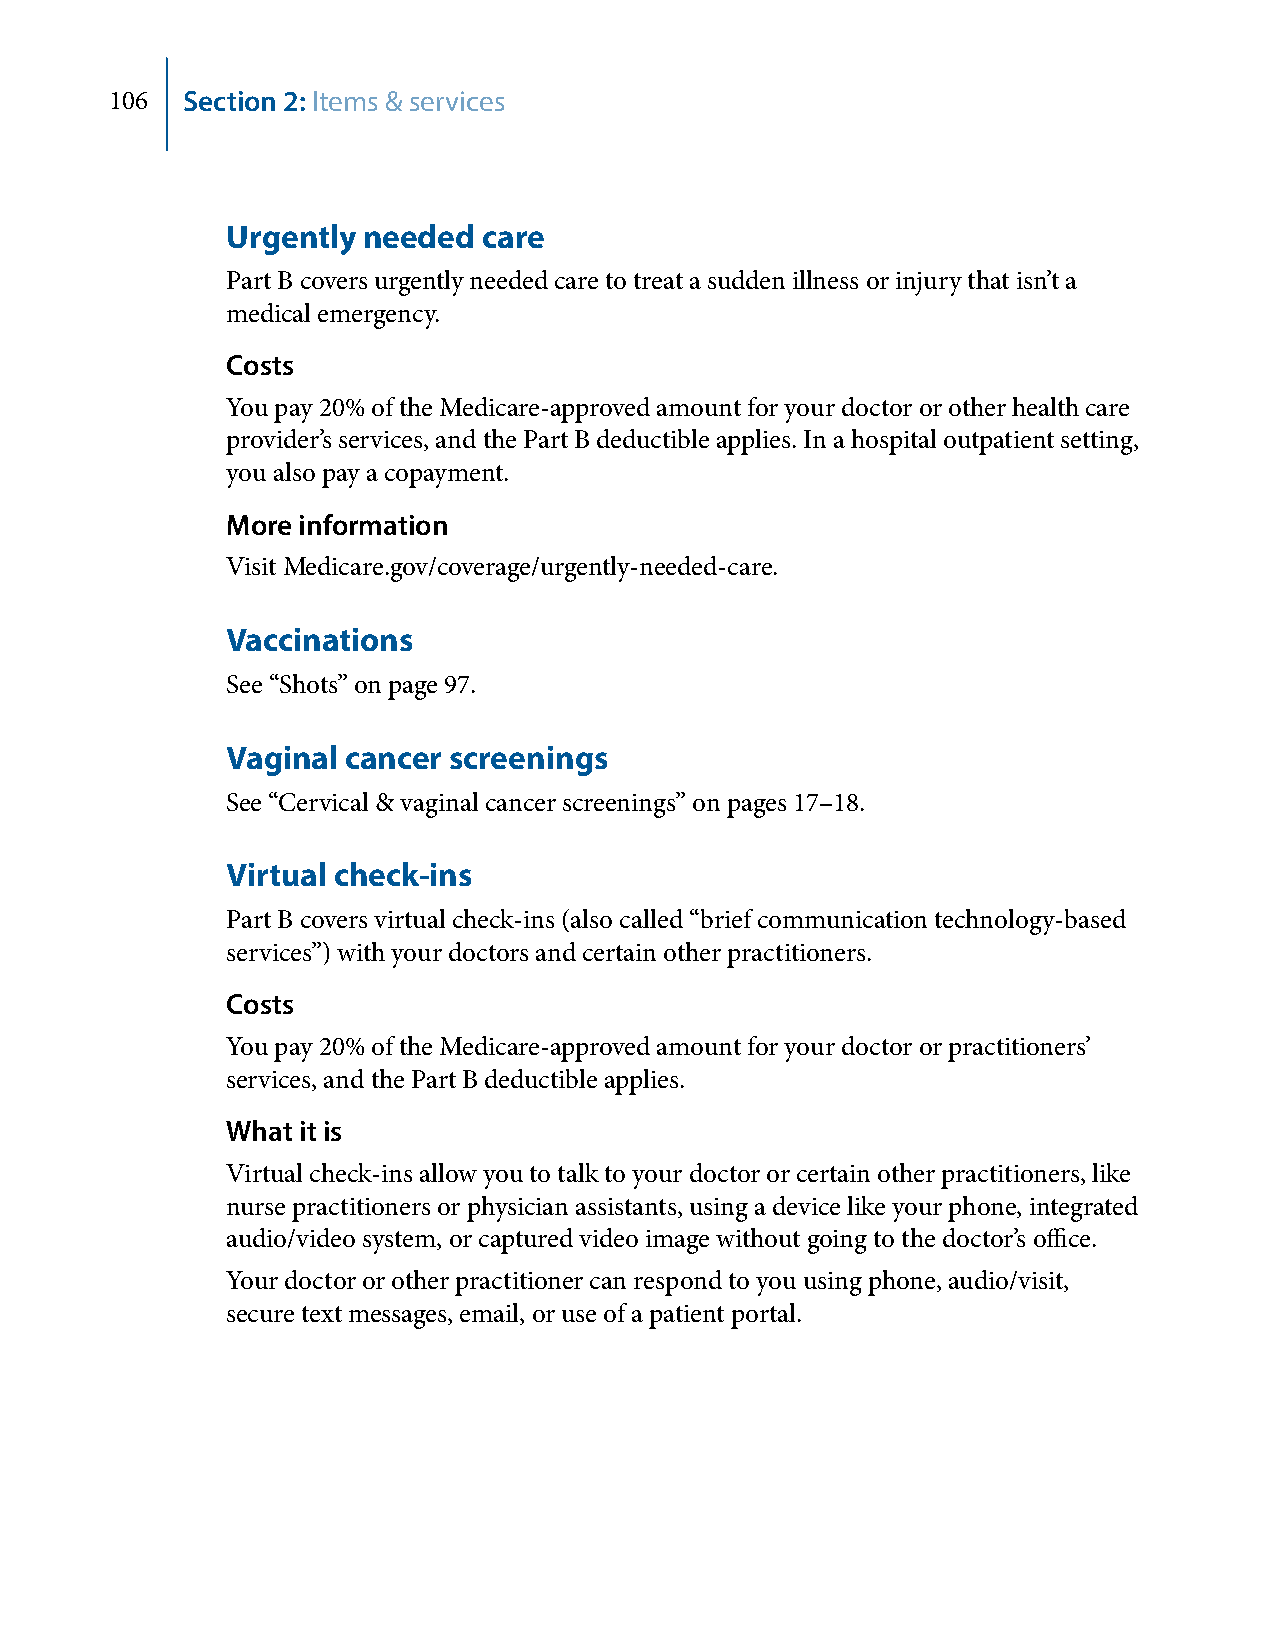
106  Section 2: Items & services
 Urgently needed  care
 Part B covers urgently needed care to treat a sudden illness or injury that isn’t a
 medical emergency.
 Costs
 You pay 20% of the Medicare-approved amount for your doctor or other health care
 provider’s services, and the Part B deductible applies. In a hospital outpatient setting,
 you also pay a copayment.
 More information
 Visit Medicare.gov/coverage/urgently-needed-care.
 Vaccinations
 See “Shots” on page 97.
 Vaginal cancer screenings
 See “Cervical & vaginal cancer screenings” on pages 17–18.
 Virtual check-ins
 Part B covers virtual check-ins (also called “brief communication technology-based
 services”) with your doctors and certain other practitioners.
 Costs
 You pay 20% of the Medicare-approved amount for your doctor or practitioners’
 services, and the Part B deductible applies.
 What it is
 Virtual check-ins allow you to talk to your doctor or certain other practitioners, like
 nurse practitioners or physician assistants, using a device like your phone, integrated
 audio/video system, or captured video image without going to the doctor’s office.
 Your doctor or other practitioner can respond to you using phone, audio/visit,
 secure text messages, email, or use of a patient portal.